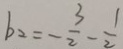
b _ { 2 } = - \frac { 3 } { 2 } - \frac { 1 } { 2 }